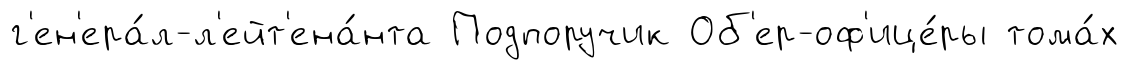
г'ен'ера́л-л'ейт'ена́нта Подпоручик Об'ер-оф'ице́ры тома́х